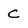
Character: C